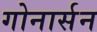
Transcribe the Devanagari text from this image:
गोनार्सन